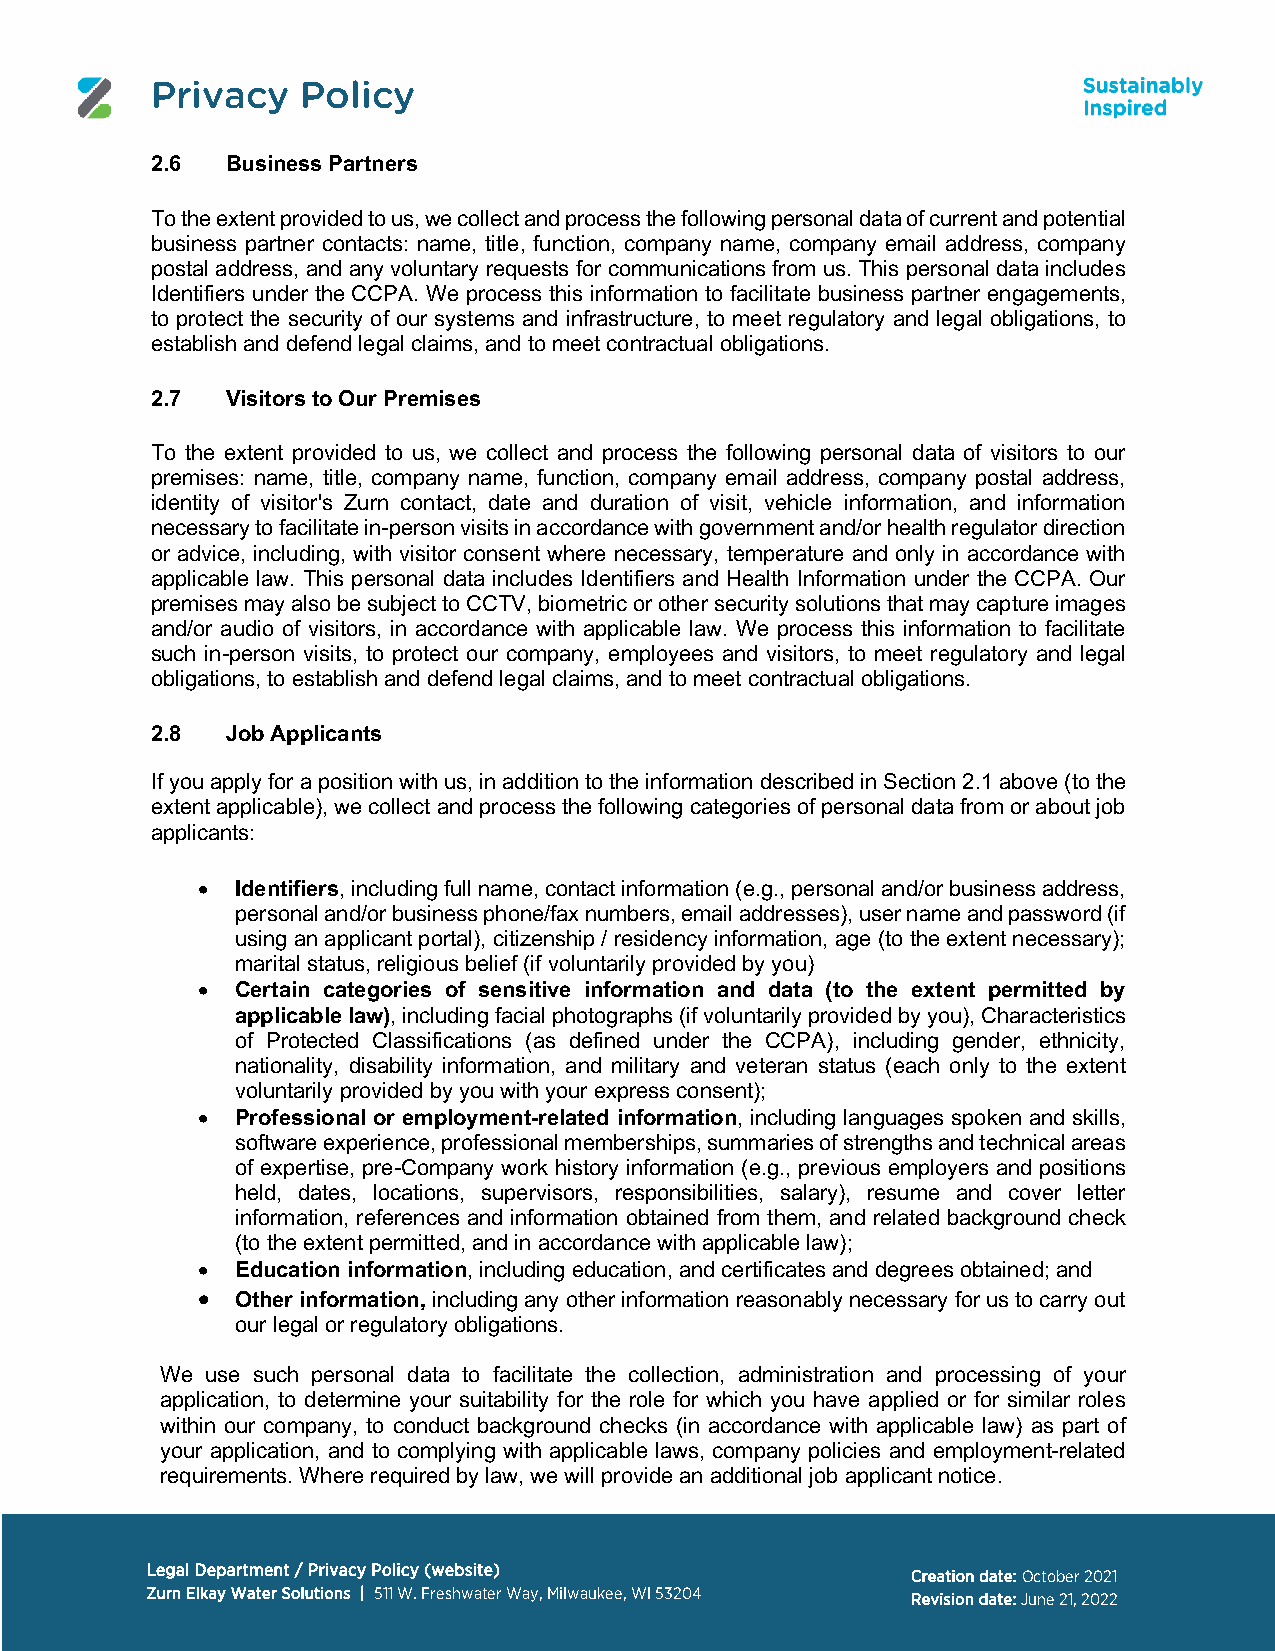
Privacy   Policy
 2.6  Business Partners
 To the extent provided to us, we collect and process the following personal data of current and potential
 business partner contacts: name, title, function, company name, company email address, company
 postal address, and any voluntary requests for communications from us. This personal data includes
 Identifiers under the CCPA. We process this information to facilitate business partner engagements,
 to protect the security of our systems and infrastructure, to meet regulatory and legal obligations, to
 establish and defend legal claims, and to meet contractual obligations.
 2.7  Visitors to Our Premises
 To the extent provided to us, we collect and process the following personal data of visitors to our
 premises: name, title, company name, function, company email address, company postal address,
 identity of visitor's Zurn contact, date and duration of visit, vehicle information, and information
 necessary to facilitate in-person visits in accordance with government and/or health regulator direction
 or advice, including, with visitor consent where necessary, temperature and only in accordance with
 applicable law. This personal data includes Identifiers and Health Information under the CCPA. Our
 premises may also be subject to CCTV, biometric or other security solutions that may capture images
 and/or audio of visitors, in accordance with applicable law. We process this information to facilitate
 such in-person visits, to protect our company, employees and visitors, to meet regulatory and legal
 obligations, to establish and defend legal claims, and to meet contractual obligations.
 2.8  Job Applicants
 If you apply for a position with us, in addition to the information described in Section 2.1 above (to the
 extent applicable), we collect and process the following categories of personal data from or about job
 applicants:
 •  Identifiers, including full name, contact information (e.g., personal and/or business address,
 personal and/or business phone/fax numbers, email addresses), user name and password (if
 using an applicant portal), citizenship / residency information, age (to the extent necessary);
 marital status, religious belief (if voluntarily provided by you)
 •  Certain categories of sensitive information and data (to the extent permitted by
 applicable law), including facial photographs (if voluntarily provided by you), Characteristics
 of Protected Classifications (as defined under the CCPA), including gender, ethnicity,
 nationality, disability information, and military and veteran status (each only to the extent
 voluntarily provided by you with your express consent);
 •  Professional or employment-related information, including languages spoken and skills,
 software experience, professional memberships, summaries of strengths and technical areas
 of expertise, pre-Company work history information (e.g., previous employers and positions
 held, dates, locations, supervisors, responsibilities, salary), resume and cover letter
 information, references and information obtained from them, and related background check
 (to the extent permitted, and in accordance with applicable law);
 •  Education information, including education, and certificates and degrees obtained; and
 •  Other information, including any other information reasonably necessary for us to carry out
 our legal or regulatory obligations.
 We use such personal data to facilitate the collection, administration and processing of your
 application, to determine your suitability for the role for which you have applied or for similar roles
 within our company, to conduct background checks (in accordance with applicable law) as part of
 your application, and to complying with applicable laws, company policies and employment-related
 requirements. Where required by law, we will provide an additional job applicant notice.
 Legal Department / Privacy Policy (website)
 Creation date: October 2021
 Zurn Elkay Water Solutions | 511 W. Freshwater Way, Milwaukee, WI 53204 Revision date: June 21, 2022